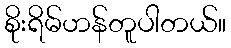
စိုးရိမ်ဟန်တူပါတယ်။